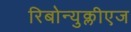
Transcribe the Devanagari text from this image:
रिबोन्युक्लीएज